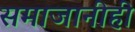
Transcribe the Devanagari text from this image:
समाजानीही